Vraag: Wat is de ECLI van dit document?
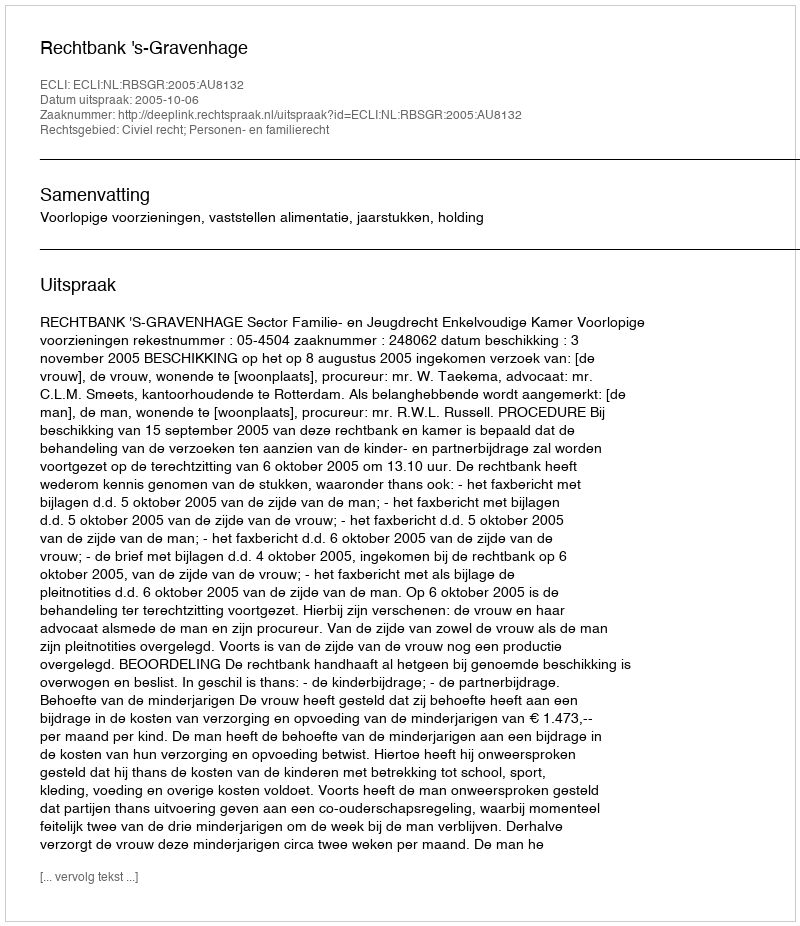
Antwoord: ECLI:NL:RBSGR:2005:AU8132